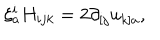
\xi _ { a } ^ { i } H _ { i j k } = 2 \partial _ { [ j } u _ { k ] a } ,